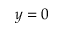
y = 0